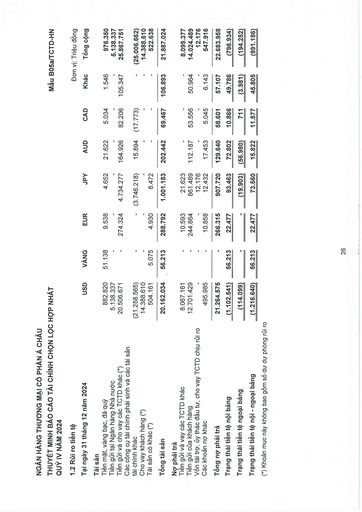
|1.2 Rủi ro tiền tệ|||||||Đơn|vị: Triệu đồng| |---|---|---|---|---|---|---|---|---| |Tại ngày 31 tháng 12 năm 2024|USD|VÀNG|EUR|JPY|AUD|CAD|Khác|Tổng cộng| |Tài sản||||||||| |Tiền mặt, vàng bạc, đá quý|882.820|51.138|9.538|4.652|21.622|5.034|1.546|976.350| |Tiền gửi tại Ngân hàng Nhà nước|5.138.337|-|-|-|-|-|-|5.138.337| |Tiền gửi và cho vay các TCTD khác (*)|20.506.671|-|274.324|4.734.277|164.926|82.206|105.347|25.867.751| |Các công cụ tài chính phái sinh và các tài sản tài chính khác|(21.258.565)|-|-|(3.746.218)|15.894|(17.773)|-|(25.006.662)| |Cho vay khách hàng (*)|14.388.610|-|-|||-|-|14.388.610| |Tài sản có khác (*)|504.161|5.075|4.930|8.472|-|-|-|522.638| |Tổng tài sản|20.162.034|56.213|288.792|1.001.183|202.442|69.467|106.893|21.887.024| |Nợ phải trả||||||||| |Tiền gửi và vay các TCTD khác|8.067.161|-|10.593|21.623||-|-|8.099.377| |Tiền gửi của khách hàng|12.701.429|-|244.864|861.489|112.187|53.556|50.964|14.024.489| |Vốn tài trợ, ủy thác đầu tư, cho vay TCTD chịu rủi ro||-|-|12.176|-|-|-|12.176| |Các khoản nợ khác|495.985|-|10.858|12.432|17.453|5.045|6.143|547.916| |Tổng nợ phải trả|21.264.575|-|266.315|907.720|129.640|58.601|57.107|22.683.958| |Trạng thái tiền tệ nội bảng|(1.102.541)|56.213|22.477|93.463|72.802|10.866|49.786|(796.934)| |Trạng thái tiền tệ ngoại bảng|(114.099)|-|-|(19.903)|(56.980)|711|(3.981)|(194.252)| |Trạng thái tiền tệ nội - ngoại bảng|(1.216.640)|56.213|22.477|73.560|15.822|11.577|45.805|(991.186)|